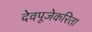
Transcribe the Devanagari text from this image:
देवपूजेकरिता